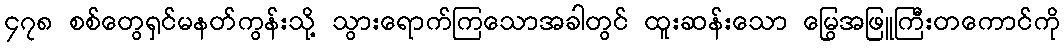
၄၇၈ စစ်တွေရှင်မနတ်ကွန်းသို့ သွားရောက်ကြသောအခါတွင် ထူးဆန်းသော မြွေအဖြူကြီးတကောင်ကို